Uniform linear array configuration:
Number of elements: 4
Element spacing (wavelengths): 1
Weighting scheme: uniform
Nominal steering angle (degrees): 0
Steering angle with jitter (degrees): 0.1712
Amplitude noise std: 0.05
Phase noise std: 0.05

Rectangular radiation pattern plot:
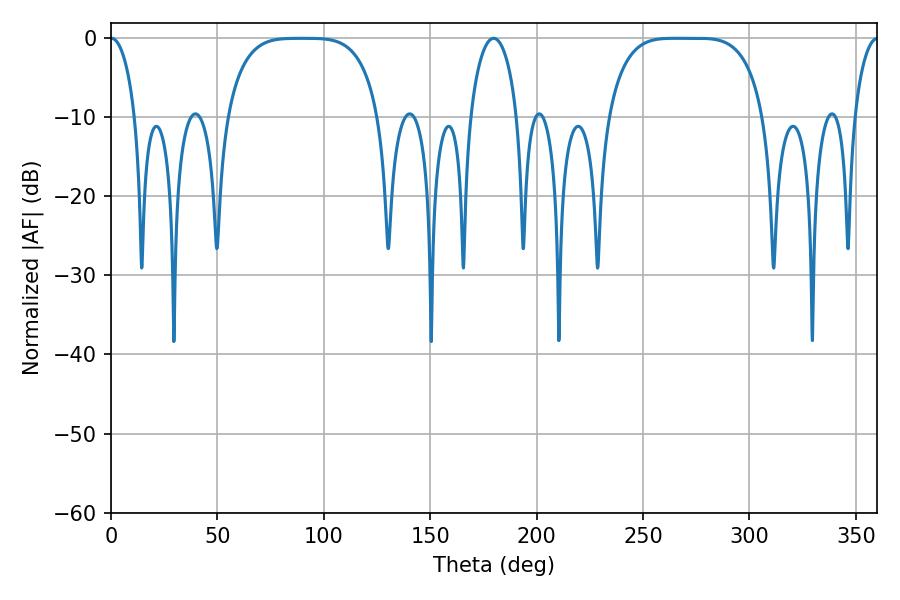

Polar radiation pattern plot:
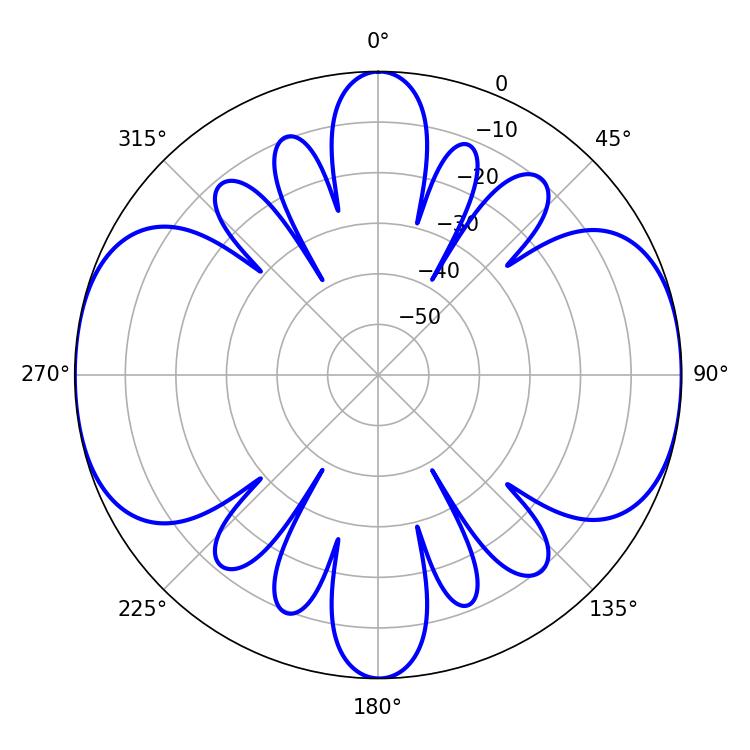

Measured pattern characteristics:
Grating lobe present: TRUE
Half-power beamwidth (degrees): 55.44
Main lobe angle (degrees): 265.14